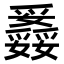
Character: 𤕇